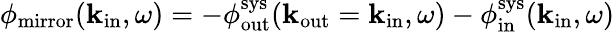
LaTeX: \phi_{\mathrm{mirror}}({\mathbf k}_{\mathrm{in}},\omega)=-\phi_{\mathrm{out}}^{\mathrm{sys}}({\mathbf k}_{\mathrm{out}}={\mathbf k}_{\mathrm{in}},\omega)-\phi_{\mathrm{in}}^{\mathrm{sys}}({\mathbf k}_{\mathrm{in}},\omega)